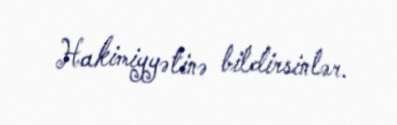
Hakimiyyətinə bildirsinlər.